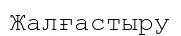
Жалғастыру